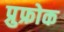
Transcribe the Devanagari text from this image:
प्रुफ्रोक